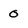
Character: O